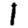
Digit: 1